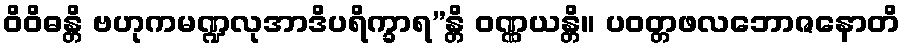
ဝိဝိဓန္တိ ဗဟုကမဏ္ဍလုအာဒိပရိက္ခာရ”န္တိ ဝဏ္ဏယန္တိ။ ပဝတ္တဖလဘောဇနောတိ